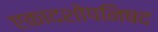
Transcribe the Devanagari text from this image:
एकादशोपनिषद